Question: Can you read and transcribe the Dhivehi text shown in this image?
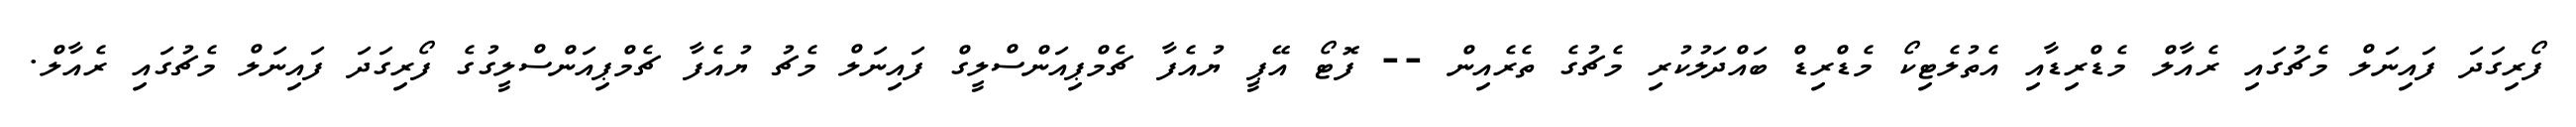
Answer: ފޯރިގަދަ ފައިނަލް މެޗުގައި ރެއާލް މެޑްރިޑާއި އެތުލެޓިކޯ މެޑްރިޑް ބައްދަލުކުރި މެޗުގެ ތެރެއިން -- ފޮޓޯ އޭޕީ ޔުއެފާ ޗެމްޕިއަންސްލީގް ފައިނަލް މެޗު ޔުއެފާ ޗެމްޕިއަންސްލީގުގެ ފޯރިގަދަ ފައިނަލް މެޗުގައި ރެއާލް.